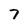
Character: 7